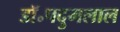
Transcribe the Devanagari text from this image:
डॉ॰पदुमलाल